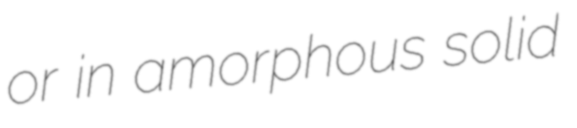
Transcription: or in amorphous solid